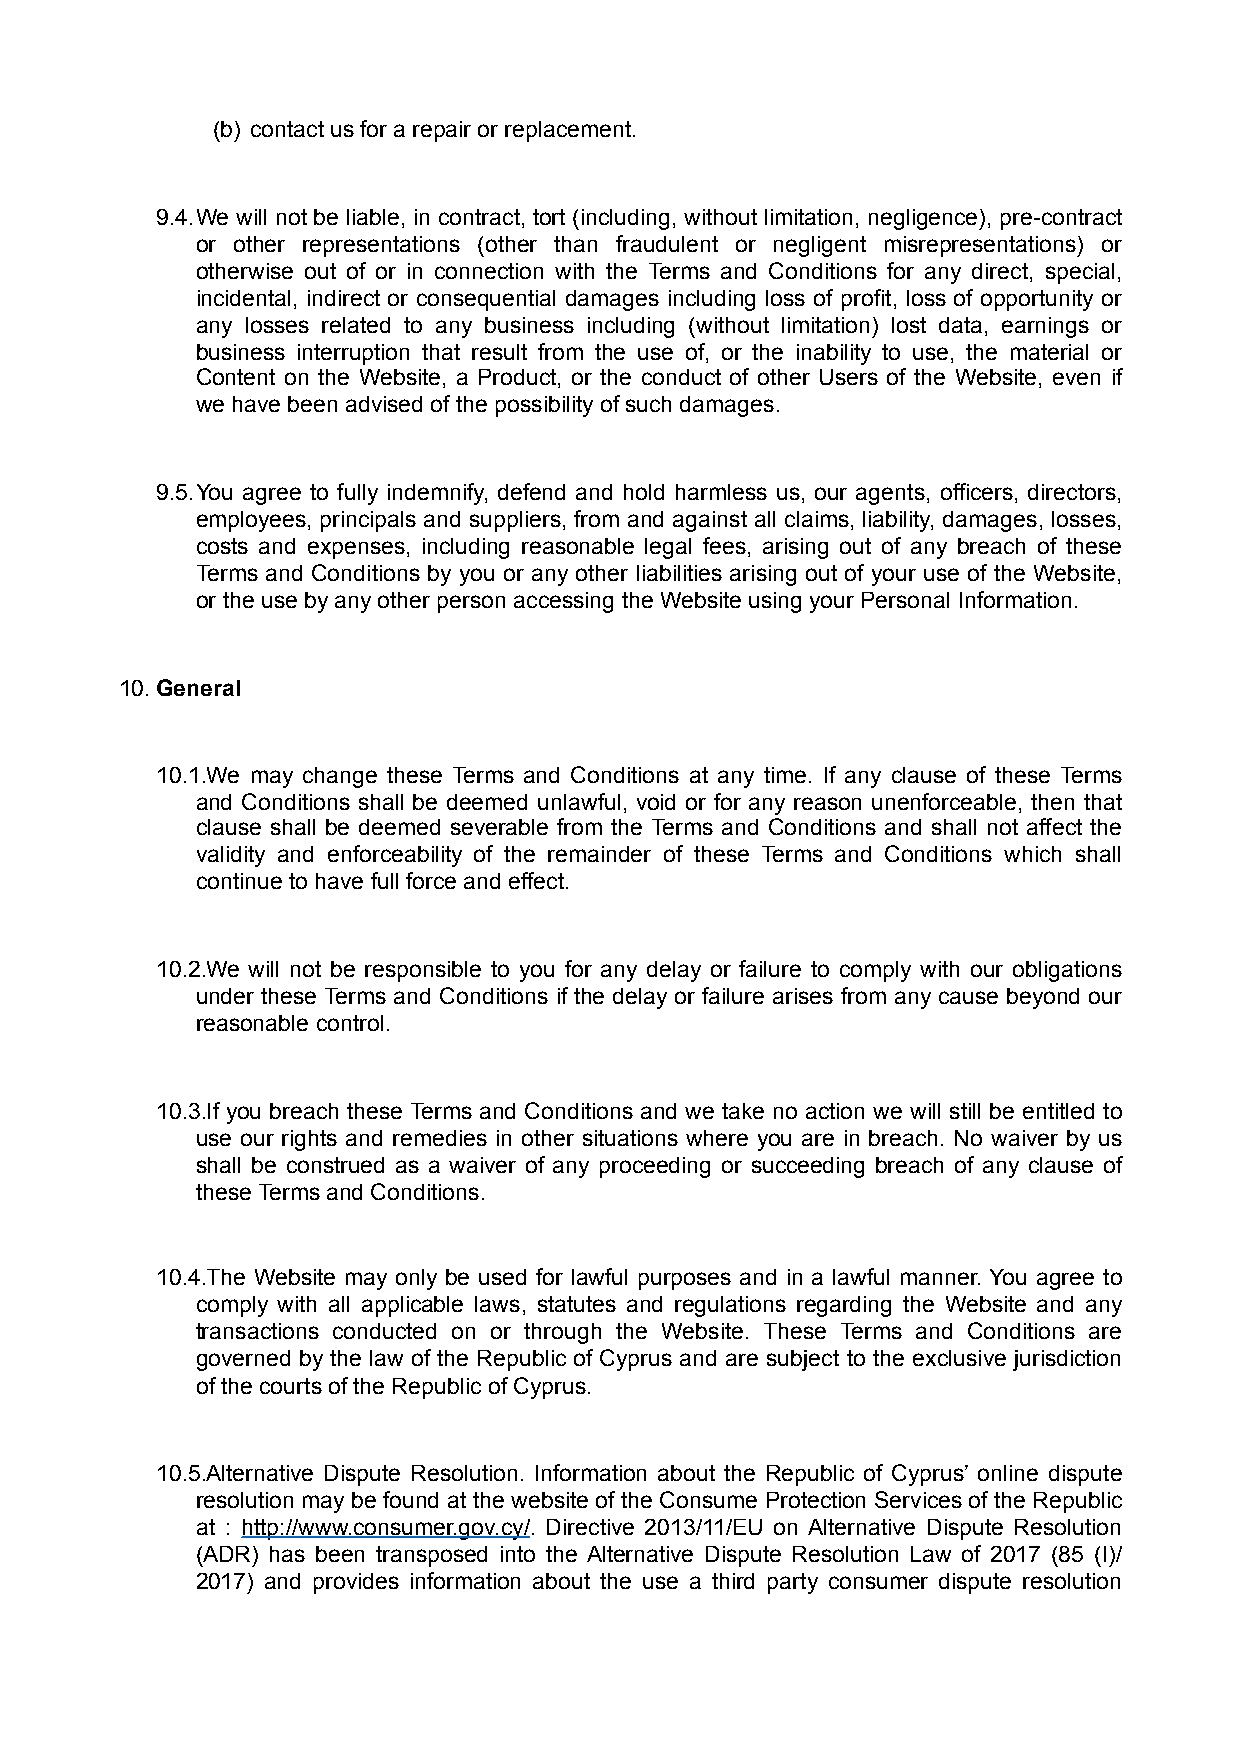
(b) contact us for a repair or replacement.
 9.4.We will not be liable, in contract, tort (including, without limitation, negligence), pre-contract
 or other representations (other than fraudulent or negligent misrepresentations) or
 otherwise out of or in connection with the Terms and Conditions for any direct, special,
 incidental, indirect or consequential damages including loss of profit, loss of opportunity or
 any losses related to any business including (without limitation) lost data, earnings or
 business interruption that result from the use of, or the inability to use, the material or
 Content on the Website, a Product, or the conduct of other Users of the Website, even if
 we have been advised of the possibility of such damages.
 9.5.You agree to fully indemnify, defend and hold harmless us, our agents, officers, directors,
 employees, principals and suppliers, from and against all claims, liability, damages, losses,
 costs and expenses, including reasonable legal fees, arising out of any breach of these
 Terms and Conditions by you or any other liabilities arising out of your use of the Website,
 or the use by any other person accessing the Website using your Personal Information.
 10.General
 10.1.We may change these Terms and Conditions at any time. If any clause of these Terms
 and Conditions shall be deemed unlawful, void or for any reason unenforceable, then that
 clause shall be deemed severable from the Terms and Conditions and shall not affect the
 validity and enforceability of the remainder of these Terms and Conditions which shall
 continue to have full force and effect.
 10.2.We will not be responsible to you for any delay or failure to comply with our obligations
 under these Terms and Conditions if the delay or failure arises from any cause beyond our
 reasonable control.
 10.3.If you breach these Terms and Conditions and we take no action we will still be entitled to
 use our rights and remedies in other situations where you are in breach. No waiver by us
 shall be construed as a waiver of any proceeding or succeeding breach of any clause of
 these Terms and Conditions.
 10.4.The Website may only be used for lawful purposes and in a lawful manner. You agree to
 comply with all applicable laws, statutes and regulations regarding the Website and any
 transactions conducted on or through the Website. These Terms and Conditions are
 governed by the law of the Republic of Cyprus and are subject to the exclusive jurisdiction
 of the courts of the Republic of Cyprus.
 10.5.Alternative Dispute Resolution. Information about the Republic of Cyprus’ online dispute
 resolution may be found at the website of the Consume Protection Services of the Republic
 at : http://www.consumer.gov.cy/. Directive 2013/11/EU on Alternative Dispute Resolution
 (ADR) has been transposed into the Alternative Dispute Resolution Law of 2017 (85 (I)/
 2017) and provides information about the use a third party consumer dispute resolution